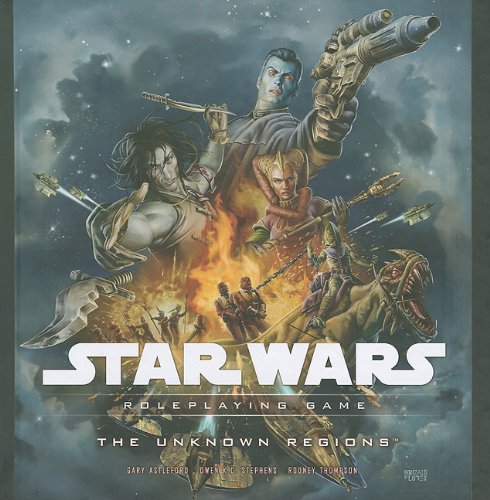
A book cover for The Unknown Regions: A Star Wars Roleplaying Game Supplement; Rodney Thompson; Science Fiction & Fantasy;